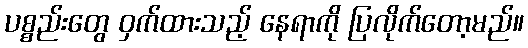
ပစ္စည်းတွေ ဝှက်ထားသည့် နေရာကို ပြလိုက်တော့မည်။